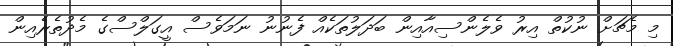
މި މެޗަށް ނުކުތް އިރު ވެލެންސިއާއިން ބަދަލުތަކެއް ފެނުނު ނަމަވެސް އީގަލްސްގެ މެދުތެރެއިން